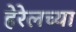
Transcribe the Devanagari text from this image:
हेरेलच्या